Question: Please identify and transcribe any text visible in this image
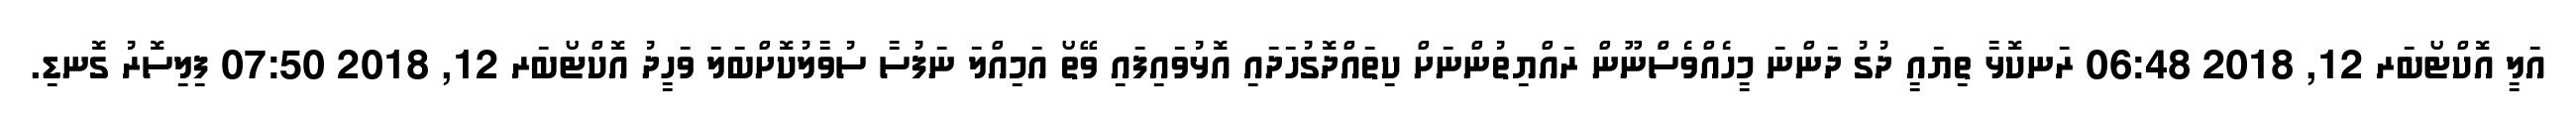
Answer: އަލީ އޮކްޓޯބަރ 12, 2018 06:48 ރަނކޮޅާ ތިޔައީ ދުގު ދަންނަ މީހެއްވެސްްނޫން ރައްޔިތުންނަށް ކިތައްދޮގުހަދައި އޮޅުވައިފައި ވޭތޯ އަމިއްލަ ނަފުސާ ސުވާލުކޮށްބަލަ ވަހީދު އޮކްޓޯބަރ 12, 2018 07:50 ފިލިސޮރު ގޮނޑި.